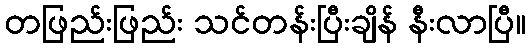
တဖြည်းဖြည်း သင်တန်းပြီးချိန် နီးလာပြီ။